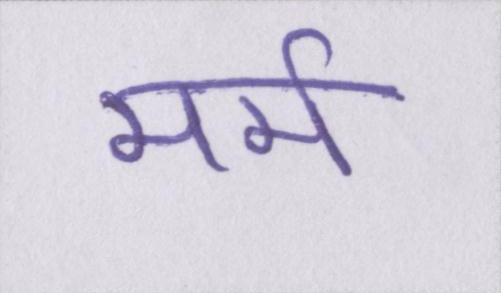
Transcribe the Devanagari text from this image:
मर्म